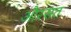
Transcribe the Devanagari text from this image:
औरसत